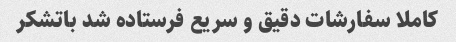
کاملا سفارشات دقیق و سریع فرستاده شد باتشکر